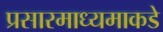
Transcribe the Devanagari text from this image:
प्रसारमाध्यमाकडे